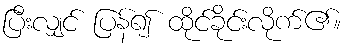
ပြီးလျှင် ပြန်၍ ထိုင်ခိုင်းလိုက်၏။